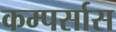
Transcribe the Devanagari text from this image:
कम्पर्सास